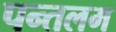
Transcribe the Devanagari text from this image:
पन्तलम